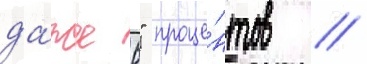
да́же 6" проце́нтов //